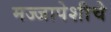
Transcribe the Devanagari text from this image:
मज्जापेशीचे